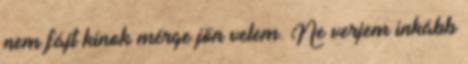
nem fájt kínok mérge jön velem. Ne verjem inkább